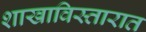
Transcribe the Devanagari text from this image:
शाखाविस्तारात